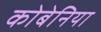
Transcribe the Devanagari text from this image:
कोबेनिया